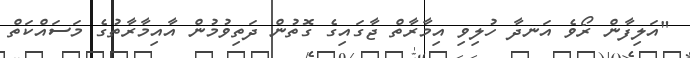
"އަލިފާން ރޯވެ އަނދާ ހުލިވި އިމާރާތް ޖާގައިގެ ގޮތުން ދަތިވުމުން އާއިމާރާތުގެ މަސައްކަތް